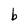
Character: b